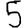
Digit: 5